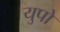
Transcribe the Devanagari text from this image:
युपो